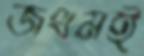
জখমই